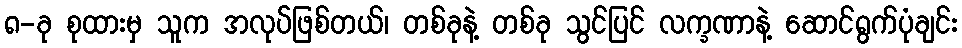
၈-ခု စုထားမှ သူက အလုပ်ဖြစ်တယ်၊ တစ်ခုနဲ့ တစ်ခု သွင်ပြင် လက္ခဏာနဲ့ ဆောင်ရွက်ပုံချင်း